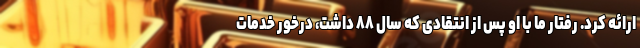
ارائه کرد. رفتار ما با او پس از انتقادی که سال ۸۸ داشت، درخور خدمات